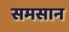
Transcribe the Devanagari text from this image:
समसान